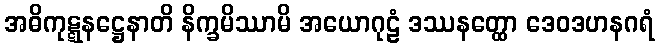
အဓိကုဋ္ဋနဋ္ဌေနာတိ နိက္ခမိဿာမိ အယောဂုဠံ ဒဿနတ္ထော ဒေဝဒဟနဂရံ